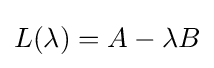
L(\lambda )=A-\lambda B